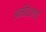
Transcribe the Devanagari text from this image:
अमीरजादों